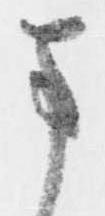
ま